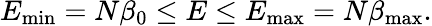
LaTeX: E_{\mathrm{min}}=N\beta_{0}\le E\le E_{\mathrm{max}}=N\beta_{\mathrm{max}}.